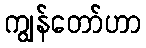
ကျွန်တော်ဟာ